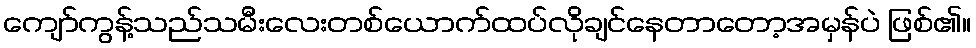
ကျော်ကွန့်သည်သမီးလေးတစ်ယောက်ထပ်လိုချင်နေတာတော့အမှန်ပဲ ဖြစ်၏။